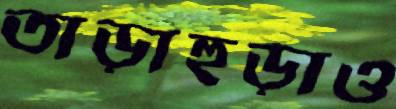
তাড়াহুড়াও